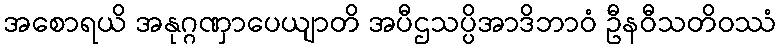
အစောရယိ အနုဂ္ဂဏှာပေယျာတိ အပီဌသပ္ပိအာဒိဘာဝံ ဦနဝီသတိဝဿံ